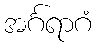
အင်္ဂရာဂံ